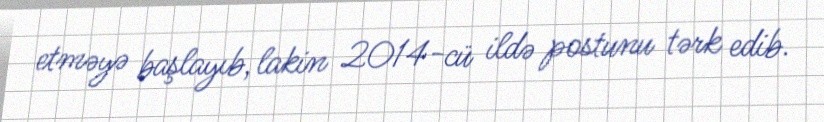
etməyə başlayıb, lakin 2014-cü ildə postunu tərk edib.